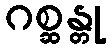
ဂစ္ဆန္တု